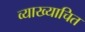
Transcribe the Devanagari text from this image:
व्याख्याचित